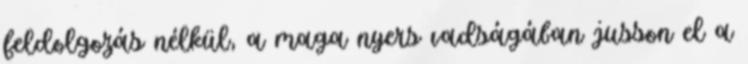
feldolgozás nélkül, a maga nyers vadságában jusson el a